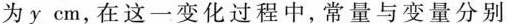
为y cm，在这一变化过程中，常量与变量分别